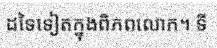
ដទៃទៀតក្នុងពិភពលោក។ ទី